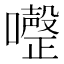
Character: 𭌏